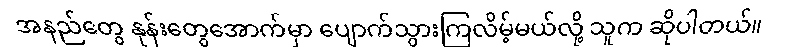
အနည်တွေ နုန်းတွေအောက်မှာ ပျောက်သွားကြလိမ့်မယ်လို့ သူက ဆိုပါတယ်။